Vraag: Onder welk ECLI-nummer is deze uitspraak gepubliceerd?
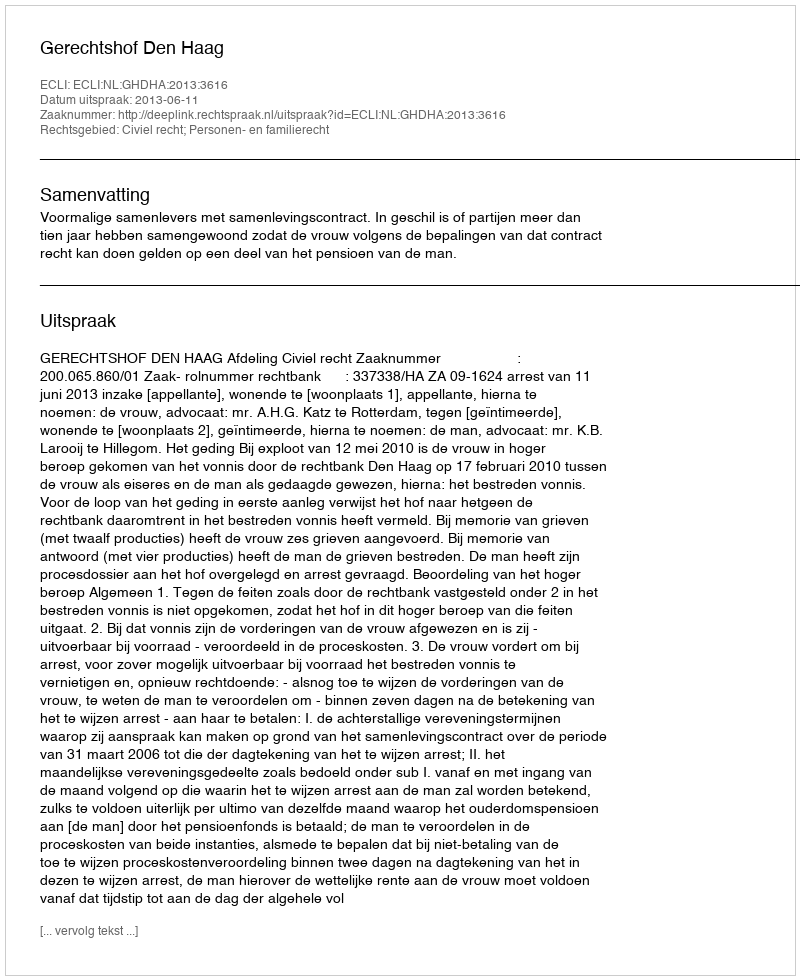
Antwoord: ECLI:NL:GHDHA:2013:3616